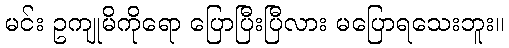
မင်း ဥကျုမိကိုရော ပြောပြီးပြီလား မပြောရသေးဘူး။